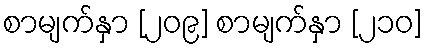
စာမျက်နှာ [၂၀၉] စာမျက်နှာ [၂၁၀]